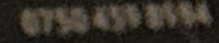
0750 450 33 34